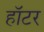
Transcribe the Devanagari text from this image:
हॉटर